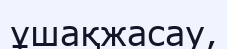
ұшақжасау,